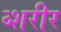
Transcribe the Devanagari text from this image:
व्शरीर